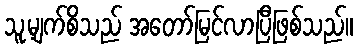
သူ့မျက်စိသည် အတော်မြင်လာပြီဖြစ်သည်။